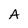
Character: A